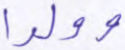
وولدا